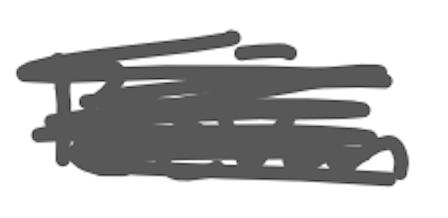
Text: Bevan
Cross-out: scratch
Writing tool: digital_gray